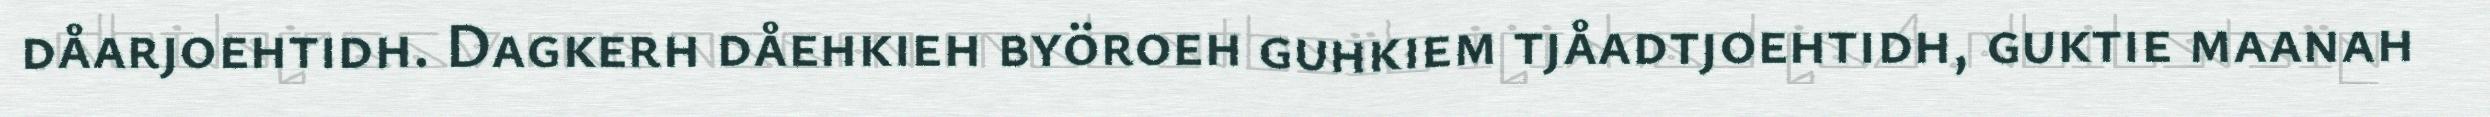
dåarjoehtidh. Dagkerh dåehkieh byöroeh guhkiem tjåadtjoehtidh, guktie maanah